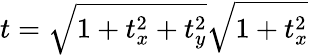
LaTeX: t=\sqrt{1+t_{x}^{2}+t_{y}^{2}}\sqrt{1+t_{x}^{2}}